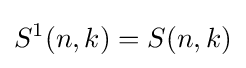
S^{1}(n,k)=S(n,k)